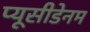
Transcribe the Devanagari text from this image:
प्यूसीडेनम